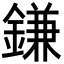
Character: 鎌